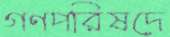
গণপরিষদে